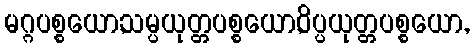
မဂ္ဂပစ္စယော,သမ္ပယုတ္တပစ္စယော,ဝိပ္ပယုတ္တပစ္စယော,